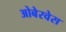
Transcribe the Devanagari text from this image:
ओबेरवेस